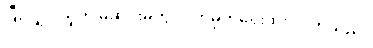
ပြီးလျှင် သူက မဆိုင်းမတွ လက်မှတ်ရေးထိုး လိုက်သည်။